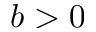
b > 0